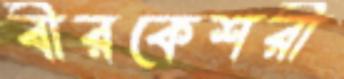
বীরকেশরী